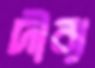
দীব্য